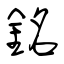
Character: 銘